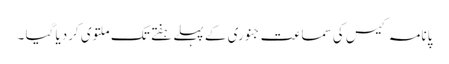
پانامہ کیس کی سماعت جنوری کے پہلے ہفتے تک ملتوی کردیا گیا ۔